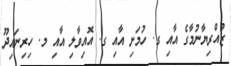
ޒުއްރިޔާނުމާގެ އާއި ގ. ހުމަށި އާއި ގ. އޮއިވާލި އާއި މ. ހިރިނައިދޫ